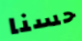
حسنا